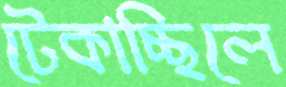
টেকাচ্ছিলে